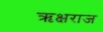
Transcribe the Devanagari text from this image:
ऋक्षराज